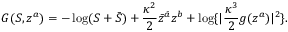
G ( S , z ^ { a } ) = - \log ( S + \bar { S } ) + \frac { \kappa ^ { 2 } } { 2 } \bar { z } ^ { \bar { a } } z ^ { b } + \log \lbrace | \frac { \kappa ^ { 3 } } { 2 } g ( z ^ { a } ) | ^ { 2 } \rbrace .